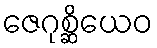
ဇေဂုစ္ဆိယေဝ